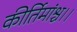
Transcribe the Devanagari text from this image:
कीर्तिमांश्च।।